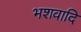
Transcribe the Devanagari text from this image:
भशवादि